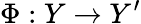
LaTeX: \Phi:Y\to Y^{\prime}